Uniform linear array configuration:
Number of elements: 12
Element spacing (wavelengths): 0.25
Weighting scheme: hann
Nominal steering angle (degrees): -60
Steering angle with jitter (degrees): -58.974
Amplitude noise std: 0.05
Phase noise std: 0.05

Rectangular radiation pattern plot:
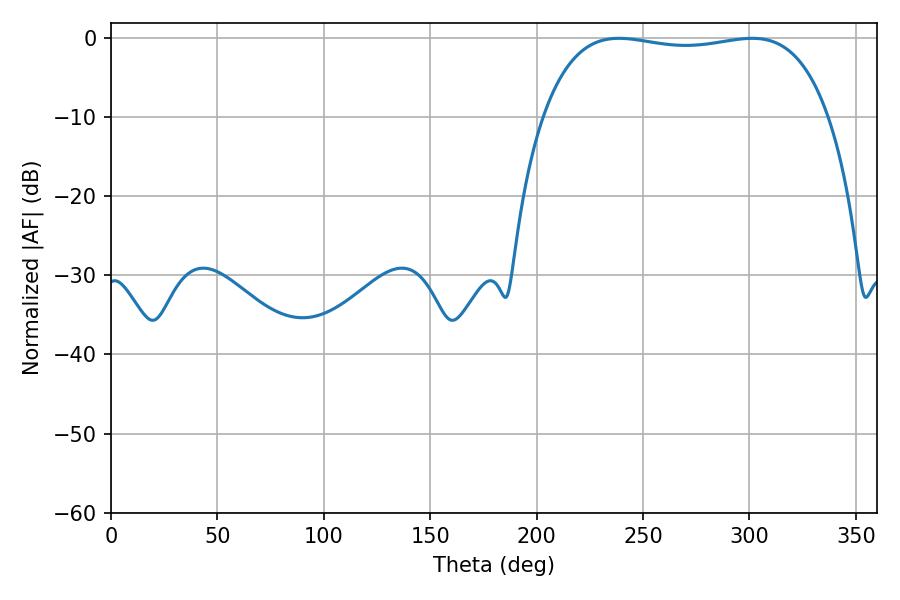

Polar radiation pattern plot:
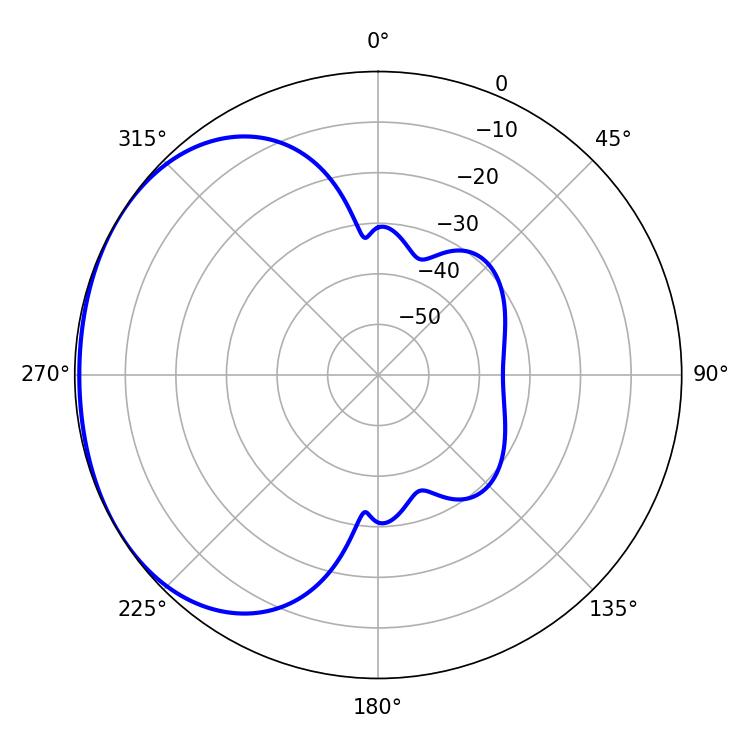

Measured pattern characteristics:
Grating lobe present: FALSE
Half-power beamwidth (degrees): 107.64
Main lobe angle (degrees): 238.68